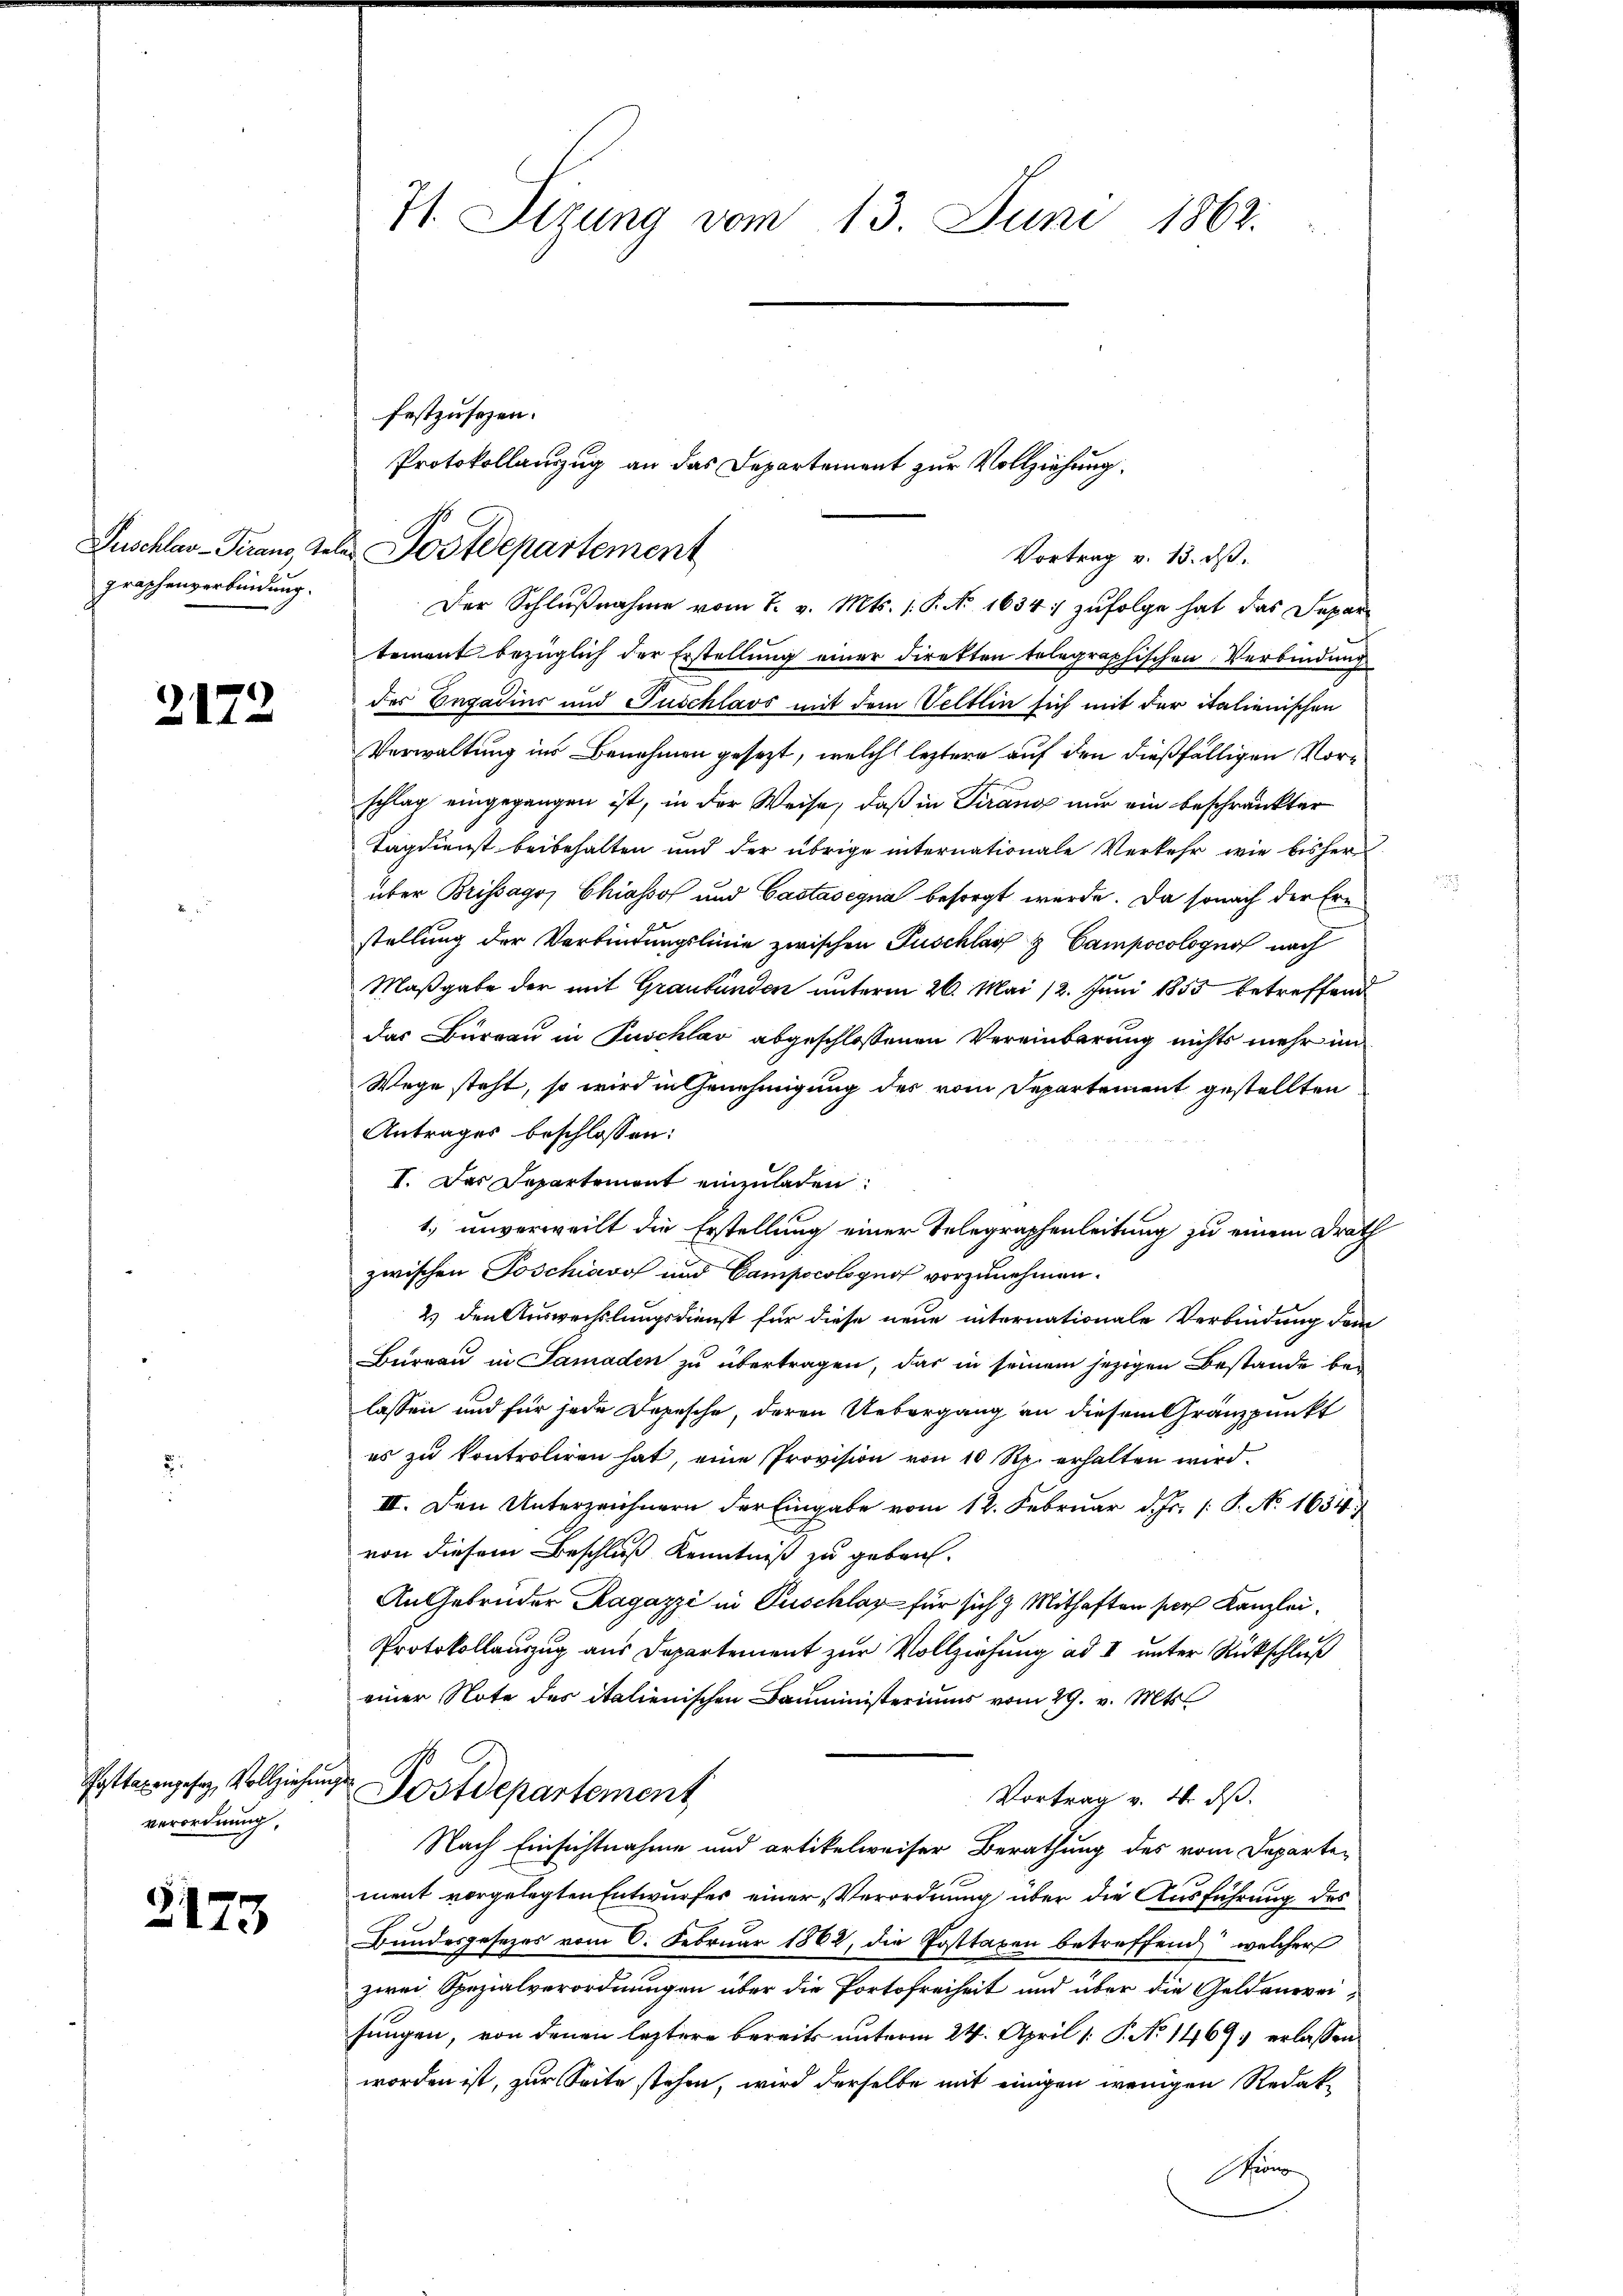
graphenverbindung.

2172

Posttaxengefer, Vollziehen
verordnung,

3173

71. Sitzung vom 13. Juni 1862.

Der Schlußnahme vom 7. v. Mts. 1. P. No. 1634. zufolge hat das Depar
tement bezüglich der Erstellung einer Direkten telegraphischen Verbindung
des Engadius und Puschlass mit dem Veltlin sich mit der italienischen
Verwaltung ins Benehmen gesezt, welche leztere auf den dießfälligen Vorschlag eingegangen ist, in der Weise, daß in Tirang nur ein beschränkter
Tagdienst beibehalten und der übrige internationale Verkehr wie bisher
über Brissago, Chiassof und Castasegna besorgt werde. Da sonach der Erstellung der Verbindungslinie zwischen Puschlag & Campocolognos nach
Maßgabe der mit Graubünden unterm 26. Mai 12. Juni 1855 betreffend
Das Bureau in Puschlav abgeschlossenen Vereinbarung nichts mehr im
Wege steht, so wird in Genehmigung des vom Departement gestellten
Antrages beschlossen:
I. Das Departement einzuladen:
1. unverweilt die Erstellung einer Telegraphenleitung zu einem Drath
zwischen Joschiavo und Campocobynof vorzunehmen.
2.) den Auswechslungsdienst für diese neue internationale Verbindung dem
Bureau in Samaden zu übertragen, das in seinem jezigen Bestande belassen und für jede Depesche, deren Uebergang an diesem Granzpunkt
es zu kontroliren hat, eine Provision von 10 Rp. erhalten wird.
II. Den Unterzeichnern der Eingabe vom 12. Februar d. Js. s. S. No 1654
von diesem Beschluß Kenntniß zu geben.
An Gebrüder Ragazzi in Puschlag für sich 3 Mithaften sors Kanzlei.
Protokollauszug aus Departement zur Vollziehung ad I unter Rückschluß
einer Note des italienischen Bauministeriums vom 29. v. Mts.
in Postdepartement
Vortrag v. 4. ds.
Nach Einsichtnahme und artikelweiser Berathung des vom Departen
ment vorgelegten Entwurfes einer Verordnung über die Ausführung des
Bundesgesezes vom 6. Februar 1862, die Posttaxen betreffend welcher
zwei Spezialverordnungen über die Portofreiheit und über die Geldanweifungen, von denen leztere bereits unterm 24. April [ P. No 1469 erlassen,
worden ist, zur Seite stehen, wird derselbe mit einigen wenigen Redak-
Stirn

festzusetzen.
Protokollauszug an das Departement zur Vollziehung.
Puschler-Teraus, teles Postdepartement

Vortrag v. 13. ds.